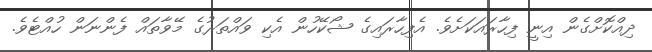
ދިއްކޮށްގެން އިނީ ފިހާރައަކަށެވެ. އެފިހާރައިގެ ޝޯކޭހުން އެކި ވައްތަރުގެ މޭވާތައް ފެންނަން ހުއްޓެވެ.